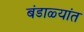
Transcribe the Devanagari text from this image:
बंडाळ्यांत